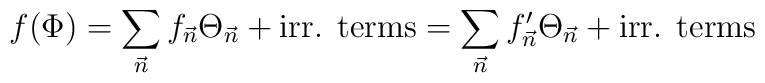
f(\Phi)=\sum_{\vec n} f_{\vec n} \Theta_{\vec n}+\mbox{irr. terms}=\sum_{\vec n} f'_{\vec n} \Theta_{\vec n} + \mbox{irr. terms}